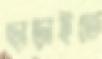
ছাড়াইতে